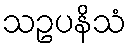
သဥပနိသံ